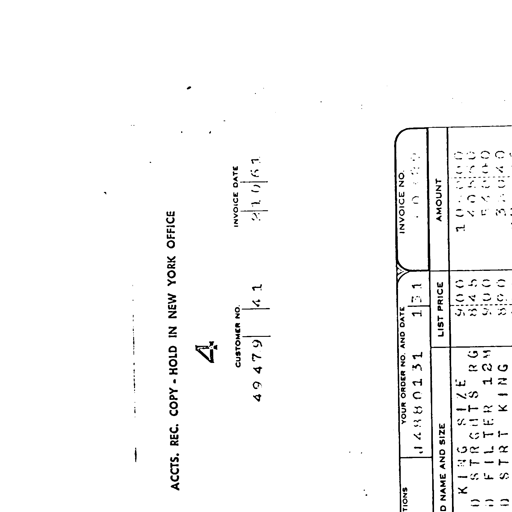
ACCTS. REC. COPY - HOLD IN NEW YORK OFFICE
4
CUSTOMER NO. 49479 | 41 INVOICE DATE 2/10/61
YOUR ORDER NO. AND DATE 14880131 | 131 INVOICE NO. 0888
NAME AND SIZE LIST PRICE AMOUNT
KING SIZE 900 10800
0 STRGHTS RG 845 20550
0 FILTER 12M 900 54000
0 STRT KING 890 35640